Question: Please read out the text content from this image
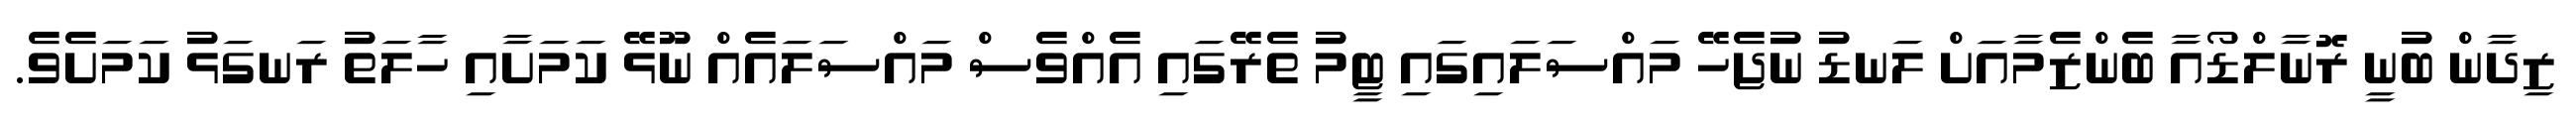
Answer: ޒިދާން ބުނީ ރޮނާލްޑޯއާ ބެންޒެމާއަށް ލަނޑު ނުޖެހޭ މައްސަލައިގައި ޓީމު ތެރޭގައި އެއްވެސް މައްސަލައެއް ނޫޅޭ ކަމަށާއި ހާލަތު ރަނގަޅު ކަމަށެވެ.